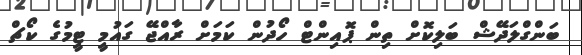
ބަންގްލަދޭޝް ބަލިކޮށް ތިން ޕޮއިންޓް ހޯދުން ކަމަށް ރާއްޖޭ ގައުމީ ޓީމުގެ ކޯޗް